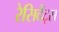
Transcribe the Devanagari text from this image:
रेसिदेंट्स